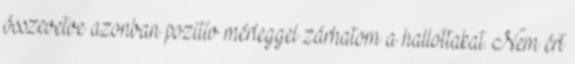
összevetve azonban pozitív mérleggel zárhatom a hallottakat. Nem ért